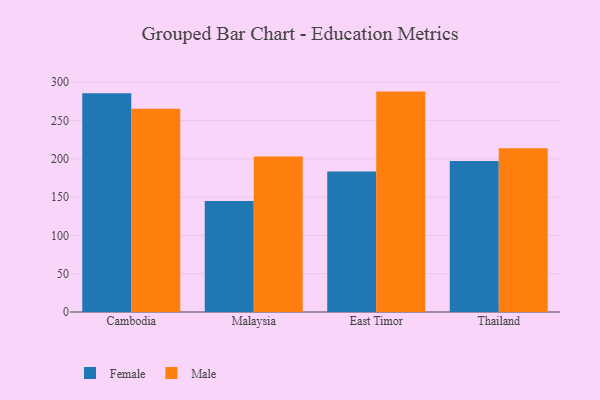
{"axis": {"x": "Country", "y": "Waste Production (Tons)"}, "legend": ["Female", "Male"], "data": [{"x": "Cambodia", "y": 285.8, "type": "Female"}, {"x": "Cambodia", "y": 265.3, "type": "Male"}, {"x": "Malaysia", "y": 144.8, "type": "Female"}, {"x": "Malaysia", "y": 203.1, "type": "Male"}, {"x": "East Timor", "y": 183.5, "type": "Female"}, {"x": "East Timor", "y": 287.8, "type": "Male"}, {"x": "Thailand", "y": 197.3, "type": "Female"}, {"x": "Thailand", "y": 213.8, "type": "Male"}]}